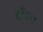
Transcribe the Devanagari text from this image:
टाँटन